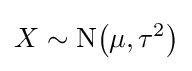
X\sim \mathrm {N} {\left(\mu ,\tau ^{2}\right)}